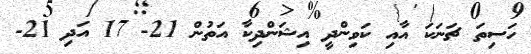
ހަސިތަ ޗަނަކަ އާއި ކަވިންދީ އިޝަންދިކާ އަތުން 21- 17 އަދި 21-